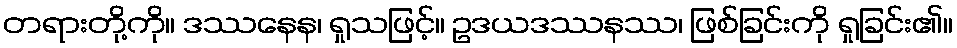
တရားတို့ကို။ ဒဿနေန၊ ရှုသဖြင့်။ ဥဒယဒဿနဿ၊ ဖြစ်ခြင်းကို ရှုခြင်း၏။